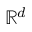
\mathbb { R } ^ { d }